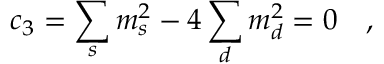
c _ { 3 } = \sum _ { s } m _ { s } ^ { 2 } - 4 \sum _ { d } m _ { d } ^ { 2 } = 0 ~ ~ ~ ,